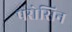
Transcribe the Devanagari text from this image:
परोसिन